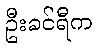
ဦးခင်ရီက